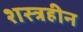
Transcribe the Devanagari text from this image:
शस्त्रहीन